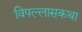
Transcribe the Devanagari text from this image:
विपल्लासकथा